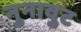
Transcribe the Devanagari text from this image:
नुनावुट